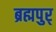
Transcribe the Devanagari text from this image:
ब्रह्मपुर्